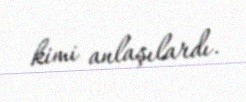
kimi anlaşılardı.